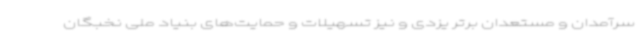
سرآمدان و مستعدان برتر یزدی و نیز تسهیلات و حمایت‌های بنیاد ملی نخبگان